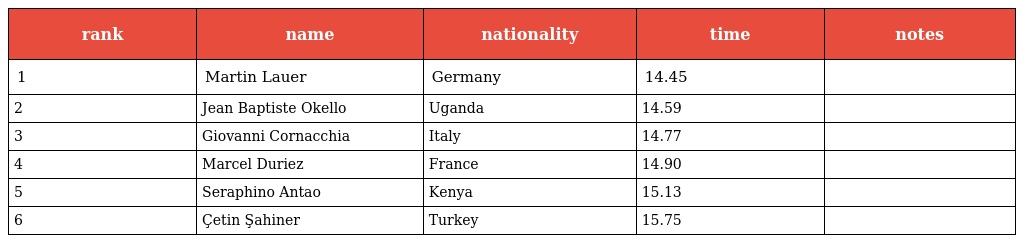
| rank | name | nationality | time | notes |
 | --- | --- | --- | --- | --- |
 | 1 | Martin Lauer | Germany | 14.45 |  |
 | 2 | Jean Baptiste Okello | Uganda | 14.59 |  |
 | 3 | Giovanni Cornacchia | Italy | 14.77 |  |
 | 4 | Marcel Duriez | France | 14.90 |  |
 | 5 | Seraphino Antao | Kenya | 15.13 |  |
 | 6 | Çetin Şahiner | Turkey | 15.75 |  |